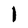
Character: I